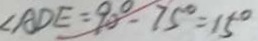
\angle A D E = 9 0 ^ { \circ } - 7 5 ^ { \circ } = 1 5 ^ { \circ }